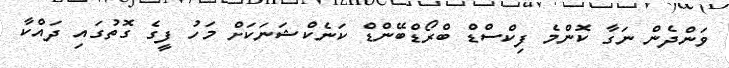
ވަންދެން ނަގާ ކޮންމެ ފިކްސްޑް ބްރޯޑްބޭންޑް ކަނެކްޝަނަކަށް މަހު ފީގެ ގޮތުގައި ދައްކާ